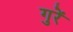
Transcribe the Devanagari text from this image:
गुरें